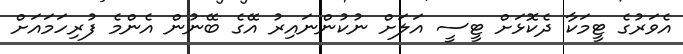
އެވަރުގެ ޓީމަކާ ދެކޮޅަށް ޓީސީ އަލަށް ނުކުންނައިރު އޭގެ ބޭނުން އެންމެ ފުރިހަމައަށް